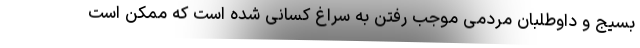
بسیج و داوطلبان مردمی موجب رفتن به سراغ کسانی شده است که ممکن است